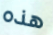
هذه